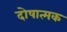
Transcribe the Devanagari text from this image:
दोषात्मक